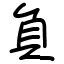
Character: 負